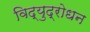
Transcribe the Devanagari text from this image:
विद्युद्रोधन